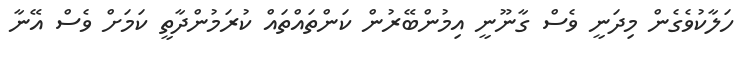
ހަލާކުވެގެން މިދަނީ ވެސް ގާނޫނީ އިމުންބޭރުން ކަންތައްތައް ކުރަމުންދާތީ ކަމަށް ވެސް އޭނާ